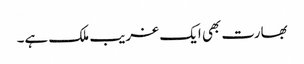
بھارت بھی ایک غریب ملک ہے۔